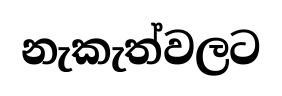
නැකැත්වලට